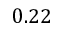
0 . 2 2